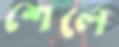
শেলে